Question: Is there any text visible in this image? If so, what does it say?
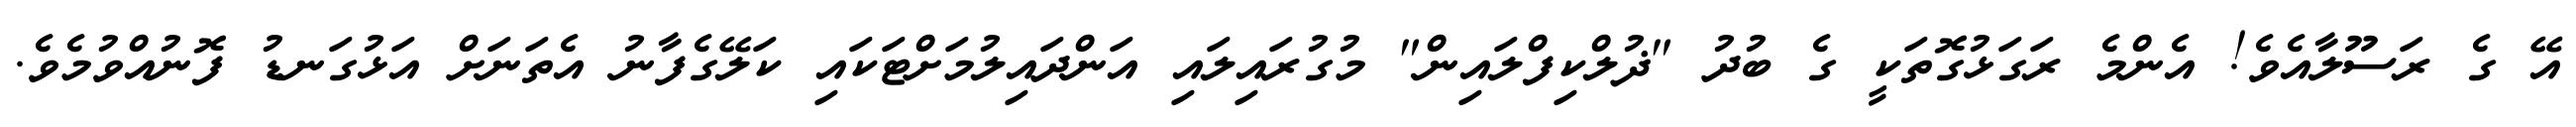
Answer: އޭ ގެ ރަސޫލާއެވެ! އެންމެ ރަގަޅުގޮތަކީ ގެ ބުދު "ޛުލްކިފްލައިން" މުގުރައިލައި އަންދައިލުމަށްޓަކައި ކަލޭގެފާނު އެތަނަށް އަޅުގަނޑު ފޮނުއްވުމެވެ.